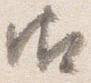
御